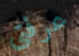
عرفتي